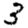
Digit: 3